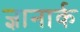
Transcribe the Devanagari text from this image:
ज्ञानार्क